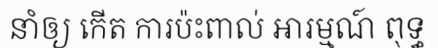
នាំឲ្យ កើត ការប៉ះពាល់ អារម្មណ៍ ពុទ្ធ